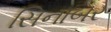
સિનાબર